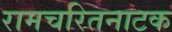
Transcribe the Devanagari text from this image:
रामचरितनाटक